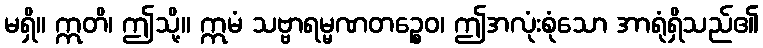
မရှိ။ ဣတိ၊ ဤသို့။ ဣမံ သဗ္ဗာရမ္မဏတဉ္စေဝ၊ ဤအလုံးစုံသော အာရုံရှိသည်၏